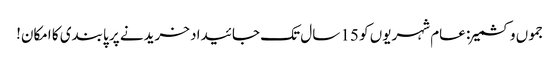
جموں وکشمیر: عام شہریوں کو 15 سال تک جائیداد خریدنے پر پابندی کا امکان!